Report on malaria in the Punjab during the year ...  together with an account of the work of the Punjab Malaria Bureau - Volume 3
Disease focus: Malaria
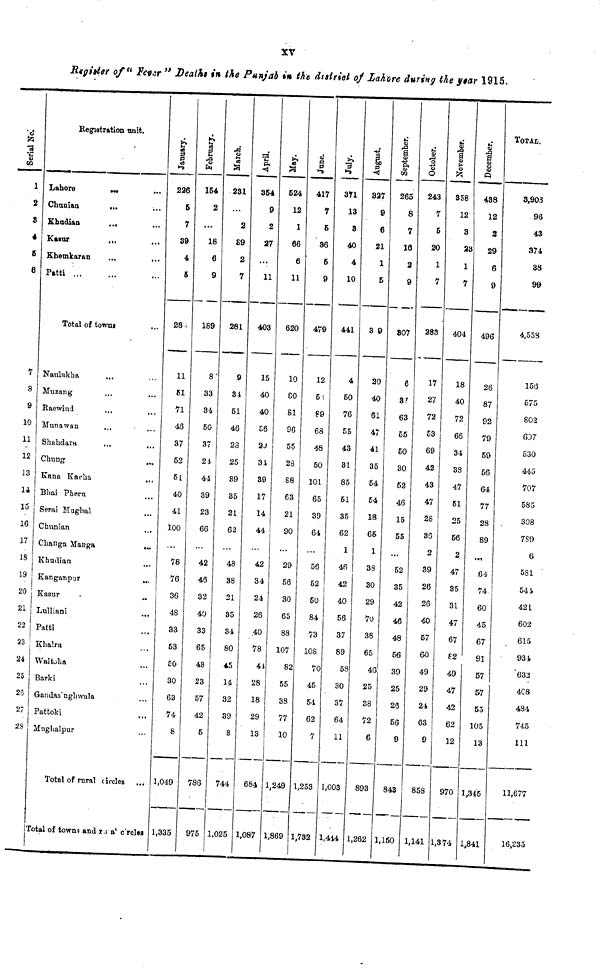
XV
Rtgièter of u JPéi.ir " Dealht in the Punjab #» the. dtsiriet of Lahore during the year 1915.
Serial No.
1
2
9
4
fi
6
7
8
9
10
11
12
13
li
15
16
17
18
19
20
21
22
23
28
27
28
Registration uniT.
Lahore
>M
...
Chunian
„.
Khudian
...
KMUT
Khemkaran
...
Patti
Total of towni
Naulakha
Muzang
Raewind
Slunawna
Shahdai'H
...
...
Chung
, M
Kana Kaeha
„,
Bhai Pbern
Serai Mughal
Chunian
Changa Maug»
...
Khadian
...
Kanga-npur
JTasur
Lulliani
Patti
Klialrn
Waltoha
Barki
Gaudas'nglnvala
Pattolci
Muglialpur
Total of rural ckcles ...
Total of town? and ra a 1 c'rcles
January.
226
5
7
39
4
5
28'.
11
61
71
43
37
52
51
40
41
100
78
76
36
48
33
53
50
30
63
74
8
1,049
1,335
February.
154
2
...
18
6
9
189
8
33
84
50
37
21
44
39
23
66
42
48
32
40
33
65
48
23
57
42
5
786
975
March.
231
...
2
£9
2
7
281
9
81
51
46
28
25
89
35
21
62
48
38
21
35
34
80
45
14
32
39
8
744
1,025
April.
354
9
2
37
...
11
403
15
40
40
£6
2J
3i
89
17
14
44
42
34
24
26
40
78
4i
28
18
29
13
684
1,087
May.
524
12
1
66
6
11
620
10
GO
81
90
55
28
88
63
21
90
29
56
30
65
88
107
82
55
38
77
10
1,249
1,869
June.
417
7
5
36
6
9
479
12
5-,
P9
68
48
50
101
65
39
64
56
62
50
84
73
108
70
45
54
62
7
1,253
1,732
July.
3T1
13
S
40
4
10
441
4
60
76
55
43
31
85
61
35
62
1
4fi
42
40
56
37
89
58
30
37
64
11
1,003
1,444
August.
327
9
6
21
1
5
3 9
20
40
61
47
41
35
54
54
18
65
1
38
30
29
70
38
65
40
25
38
72
6
893
1,262
September.
265
8
7
18
2
9
807
6
8!
63
55
50
30
52
46
15
55
...
52
35
42
46
48
66
39
25
26
66
9
843
1,150
October.
243
7
5
20
1
7
283
17
27
72
53
69
42
43
47
28
33
2
39
26
28
40
57
60
49
29
24
63
9
858
1,141
November.
358
12
3
23
1
7
404
18
40
72
66
34
38
47
51
25
66
2
47
85
31
47
67
£2
49
47
42
62
12
970
1,374
December.
438
12
2
29
6
9
496
25
87
92
79
59
56
64
77
28
89
64
74
60
45
67
91
57
57
53
105
13
1,345
1,841
TOTAL.
3,903
98
43
374
38
99
4,553
153
575
802
637
530
445
707
585
308
7S9
6
5S1
54 ¿
42 L
602
615
934
63a
4C8
484
745
111
11,677
16,235